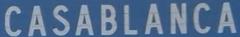
CASABLANCA